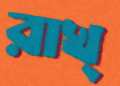
রাখ্